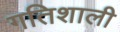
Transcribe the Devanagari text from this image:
गतिशाली